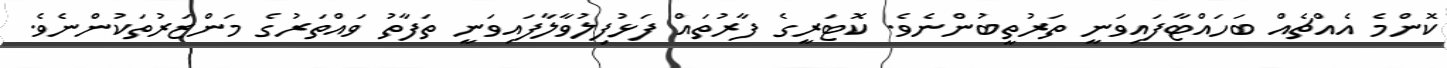
ކޮންމެ އެއްޗެއް ބަހައްޓާފައިވަނީ ތަރުތީބުންނެވެ. ކޮޓަރީގެ ފާރުތައް ފަޅުފިލުވާލާފައިވަނީ ތަފާތު ވައްތަރުގެ މަންޒަރުތަކުންނެވެ.